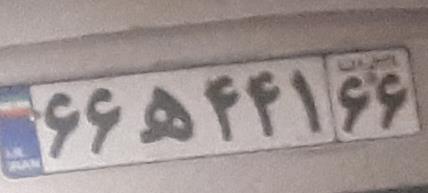
۶۶ه۴۴۱۶۶